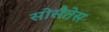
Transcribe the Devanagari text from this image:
सोसैतेस